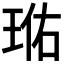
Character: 𭹐